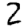
Digit: 2